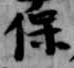
保